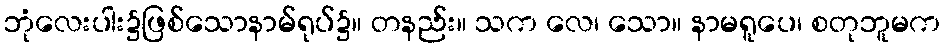
ဘုံလေးပါး၌ဖြစ်သောနာမ်ရုပ်၌။ တနည်း။ သက လေ၊ သော။ နာမရူပေ၊ စတုဘူမက